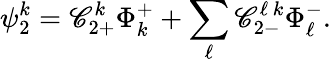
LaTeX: \psi_{2}^{k}=\mathscr{C}_{2+}^{k}\Phi_{k}^{+}+\sum_{\ell}{\mathscr{C}_{2-}^{\ell\, k}\Phi_{\ell}^{-}}.